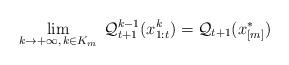
LaTeX: \begin{align*}\lim_{k \rightarrow +\infty,\,k \in K_m} \; \mathcal{Q}_{t+1}^{k-1}(x_{1:t}^{k})=\mathcal{Q}_{t+1}(x_{[m]}^{*})\end{align*}